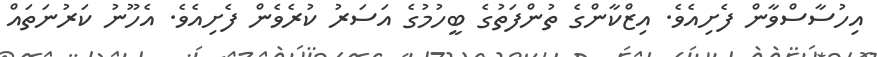
އިހުސާސްވާން ފެށިއެވެ. އިޒްކާންގެ ތުންފަތުގެ ބީހުމުގެ އަސަރު ކުރެވެން ފެށިއެވެ. އެހޫނު ކަރުނަތައް